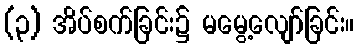
(၃) အိပ်စက်ခြင်း၌ မမွေ့လျော်ခြင်း။